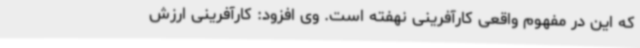
که این در مفهوم واقعی کارآفرینی نهفته است. وی افزود: کارآفرینی ارزش